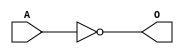
module ACINVE(A, O);
input   A;
output  O;
not g0(O, A);
endmodule